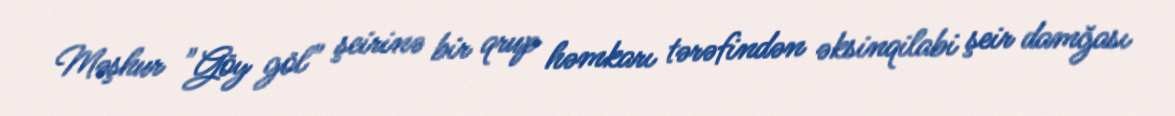
Məşhur "Göy göl" şeirinə bir qrup həmkarı tərəfindən əksinqilabi şeir damğası